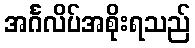
အင်္ဂလိပ်အစိုးရသည်